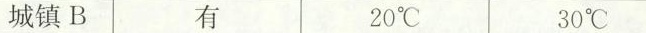
城镇B 20℃ 30℃